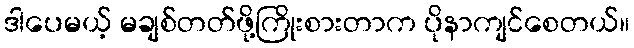
ဒါပေမယ့် မချစ်တတ်ဖို့ကြိုးစားတာက ပိုနာကျင်စေတယ်။